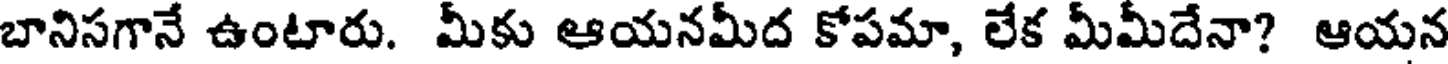
బానిసగానే ఉంటారు. మీకు ఆయనమీద కోపమా, లేక మీమీదేనా? ఆయన